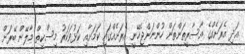
އަދި އެރަށެއްގެ އާސާރީތަންތަން ހުންނަންޖެހޭނީ އެރަށެއްގައި ކަމަށާއި ކަޅުވަކަރު މިސްކިތް މާލޭން ބޭރަށް